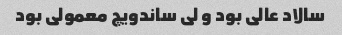
سالاد عالی بود و لی ساندویچ معمولی بود